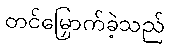
တင်မြှောက်ခဲ့သည်